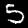
Label: 5